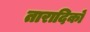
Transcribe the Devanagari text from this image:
तारादिकों